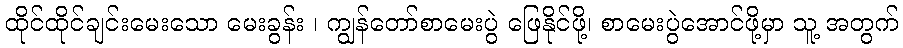
ထိုင်ထိုင်ချင်းမေးသော မေးခွန်း ၊ ကျွန်တော်စာမေးပွဲ ဖြေနိုင်ဖို့၊ စာမေးပွဲအောင်ဖို့မှာ သူ့ အတွက်